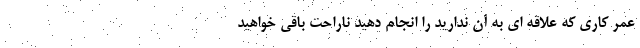
عمر کاری که علاقه ای به آن ندارید را انجام دهید ناراحت باقی خواهید